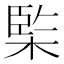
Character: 𣔿